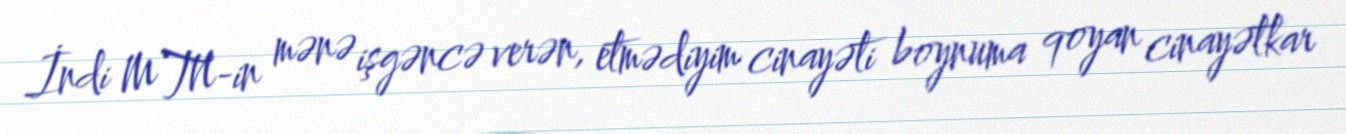
İndi MTN-in mənə işgəncə verən, etmədiyim cinayəti boynuma qoyan cinayətkar